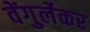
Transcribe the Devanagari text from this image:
वेंगुर्लेकर